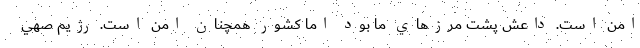
امن است. داعش پشت مرزهاي ما بود اما كشور همچنان امن است. رژيم صهي